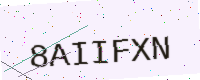
Text: 8AIIFXN